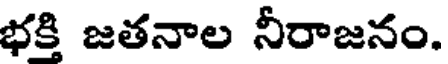
భకి జతనాల నీరాజనం.